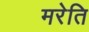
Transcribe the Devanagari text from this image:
मरेति